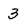
Character: 3